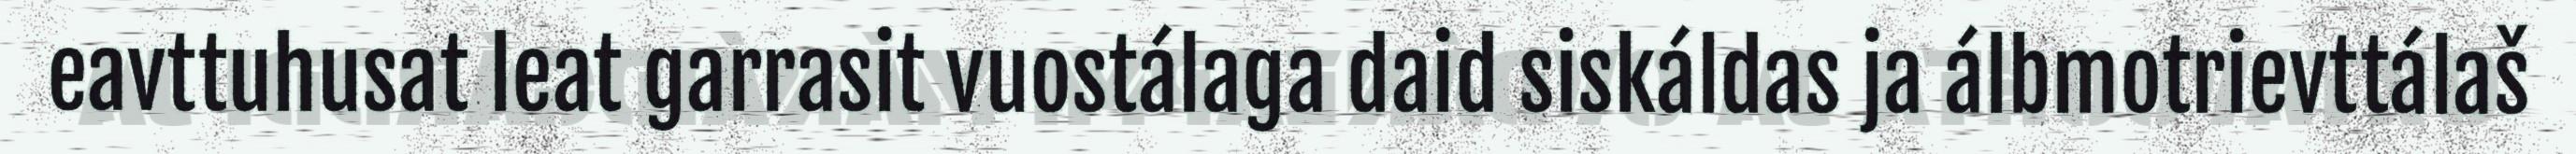
eavttuhusat leat garrasit vuostálaga daid siskáldas ja álbmotrievttálaš